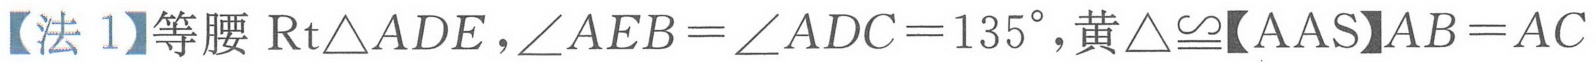
【法 1】等腰 \(\text{Rt}\triangle ADE\)，\(\angle AEB=\angle ADC = 135^{\circ}\)，黄\(\triangle\cong\)【AAS】\(AB = AC\)